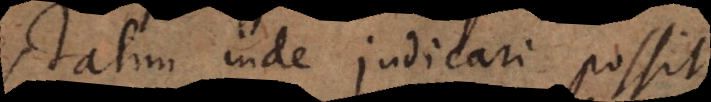
statim inde judicari possit,